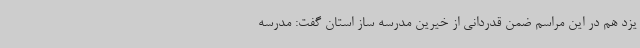
یزد هم در این مراسم ضمن قدردانی از خیرین مدرسه ساز استان گفت: مدرسه